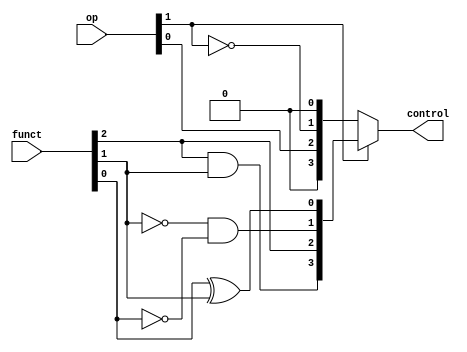
//Name : 	Nishanth Subramanian		Narayan G	
//Roll No : 171CO127					171CO225
//Implement a 64 bit ALU with CU

module alucu(op, funct, control);
    
    input [1:0]op;                              //op function
    input [2:0]funct;                           //minimal bits from the funct7 and funct3 fields
    output [3:0]control;
    wire [3:0]temp1,temp2;

    xor( temp1[0], funct[0], funct[1]);
    and( temp1[1], ~funct[1], ~funct[0]);
    assign temp1[2]=funct[2];
    and( temp1[3], funct[2], funct[1]);

    assign temp2[0]=op[1];
    assign temp2[1]=~op[1];
    assign temp2[2]=op[0];
    assign temp2[3]=op[1];

    assign control= op[1]?temp1:temp2;          //checks if aluop is 01/00 or 10 and returns the control signal to the ALU

endmodule

//Full Adder Module
module FA(a,b,cin,sum,cout);

	input a,b,cin;
	output sum,cout;
	wire t1,t2,t3;

	xor(sum,a,b,cin);
	and(t1,a,b);
	and(t2,a,cin);
	and(t3,b,cin);
	or(cout,t1,t2,t3);

endmodule

//ALU module
module alu(a,b,cin,control,result,cout);

	input a,b,cin;
	input [3:0]control;
	output result,cout;
	wire t1,t2;
	wire ain,bin;
	wire sum,slt;
	wire t3,t4;

	assign ain=control[3] ? ~a:a; 				//checks if a needs to be inverted
	assign bin=control[2] ? ~b:b;				//checks if b needs to be inverted
	
	and (t1,ain,bin);
	or (t2,ain,bin);
	FA a0(ain,bin,cin,sum,cout);
	assign slt=~cout;
	
	assign t3 = control[0]?t2:t1;				//chooses and/or function
	assign t4 = control[0]?slt:sum;				//chooses slt/sum function
	assign result = control[1]?t4:t3;			//gets result of the four operations

endmodule

//4 bit ALU module
module alu4(a,b,cin,control,result,cout);

	input [3:0]a,b,control;
	input cin;
	output [3:0]result;
	output cout;
	wire [3:1]c;

	alu a0(a[0],b[0],cin,control,result[0],c[1]);
	alu a1(a[1],b[1],c[1],control,result[1],c[2]);
	alu a2(a[2],b[2],c[2],control,result[2],c[3]);
	alu a3(a[3],b[3],c[3],control,result[3],cout);

endmodule

//16 bit ALU module
module alu16(a,b,cin,control,result,cout);

	input [15:0]a,b;
	input [3:0]control;
	input cin;
	output [15:0]result;
	output cout;
	wire [3:1]c;

	alu4 a0(a[3:0],b[3:0],cin,control,result[3:0],c[1]);
	alu4 a1(a[7:4],b[7:4],c[1],control,result[7:4],c[2]);
	alu4 a2(a[11:8],b[11:8],c[2],control,result[11:8],c[3]);
	alu4 a3(a[15:12],b[15:12],c[3],control,result[15:12],cout);

endmodule

//64 bit ALU module
module alu64(a,b,cin,control,result,cout,zero,overflow);

	input [63:0]a,b;
	input [3:0]control;
	input cin;
	output [63:0]result;
	output cout,zero,overflow;
	wire [3:1]c;
	wire t1,t2,t3,t4,t5,t6,t7,t8;
	
	alu16 a0(a[15:0],b[15:0],cin,control,result[15:0],c[1]);
	alu16 a1(a[31:16],b[31:16],c[1],control,result[31:16],c[2]);
	alu16 a2(a[47:32],b[47:32],c[2],control,result[47:32],c[3]);
	alu16 a3(a[63:48],b[63:48],c[3],control,result[63:48],cout);

	assign zero = ~|result;							//checks if result is zero

	and (t1,a[63],b[63],~result[63]);				
	and (t2,~a[63],~b[63],result[63]);
	or  (t3,t1,t2);
	and (t4,~control[2],control[1],t3);				//checks if there is an overflow in addition

	and (t5,a[63],~b[63],~result[63]);
	and (t6,~a[63],b[63],result[63]);
	or  (t7,t5,t6);
	and (t8,control[2],control[1],t7);				//checks if there is an overflow in subtraction

	or  (overflow,t8,t4);							//checks if there is overall overflow

endmodule

//complete ALU module
module completeALU(a,b,op,funct,result,cout,zero,overflow);

	input [63:0]a,b;
    input [1:0]op;
    input [2:0]funct;
	output [63:0]result;
	output cout,zero,overflow;
	wire [3:0]control;

	alucu a0(op,funct,control);										//generates control signal for ALU
	alu64 a1(a,b,control[2],control,result,cout,zero,overflow);		//generates required output and output flags

endmodule